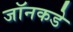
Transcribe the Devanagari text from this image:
जॉनकडे